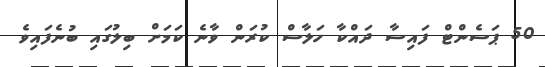
50 ޕަސެންޓް ފައިސާ ދައްކާ ހަލާސް ކުރަން ވާނެ ކަމަށް ބިލުގައި ބުނެފައިވެ